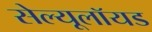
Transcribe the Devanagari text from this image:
सेल्यूलॉयड